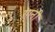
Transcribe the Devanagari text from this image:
रंगनी